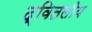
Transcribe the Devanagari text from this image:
द्वितलीय